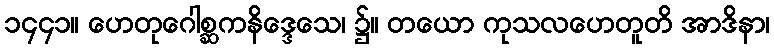
၁၄၄၁။ ဟေတုဂေါစ္ဆကနိဒ္ဒေသေ၊ ၌။ တယော ကုသလဟေတူတိ အာဒိနာ၊